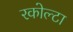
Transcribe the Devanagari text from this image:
रकोल्टा